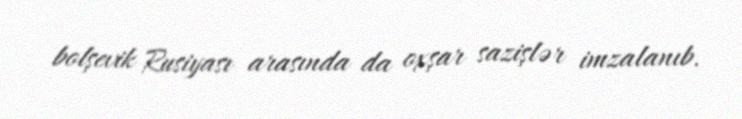
bolşevik Rusiyası arasında da oxşar sazişlər imzalanıb.